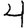
Digit: 4